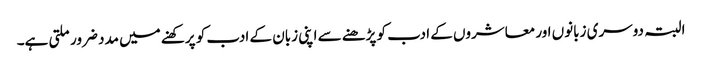
البتہ دوسری زبانوں اور معاشروں کے ادب کو پڑھنے سے اپنی زبان کے ادب کو پرکھنے میں مدد ضرور ملتی ہے۔